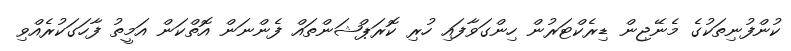
ކުންފުނިތަކުގެ މެނޭޖިން ޑިރެކްޓަރުން ހިންގަވާފައި ހުރި ކޮރަޕްޝަންތައް ފެންނަން އޮތްކަން އަމީތު ފާހަގަކުރެއްވި